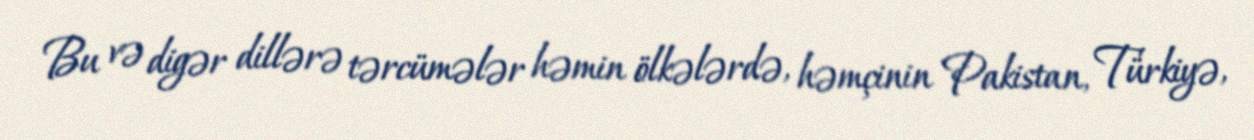
Bu və digər dillərə tərcümələr həmin ölkələrdə, həmçinin Pakistan, Türkiyə,